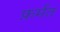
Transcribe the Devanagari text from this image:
फ़र्मत